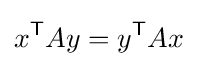
x^{\mathsf {T}}Ay=y^{\mathsf {T}}Ax